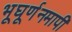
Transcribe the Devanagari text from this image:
भूघूर्णनमापी